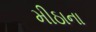
મીઠાના